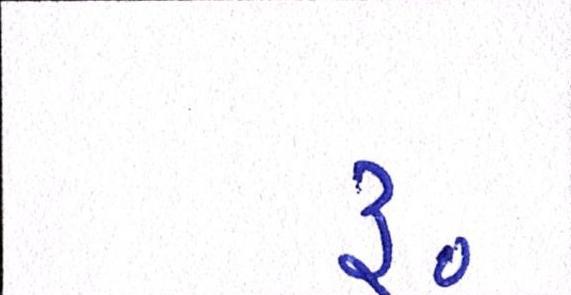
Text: ૱